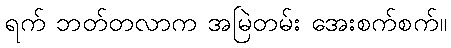
ရက် ဘတ်တလာက အမြဲတမ်း အေးစက်စက်။